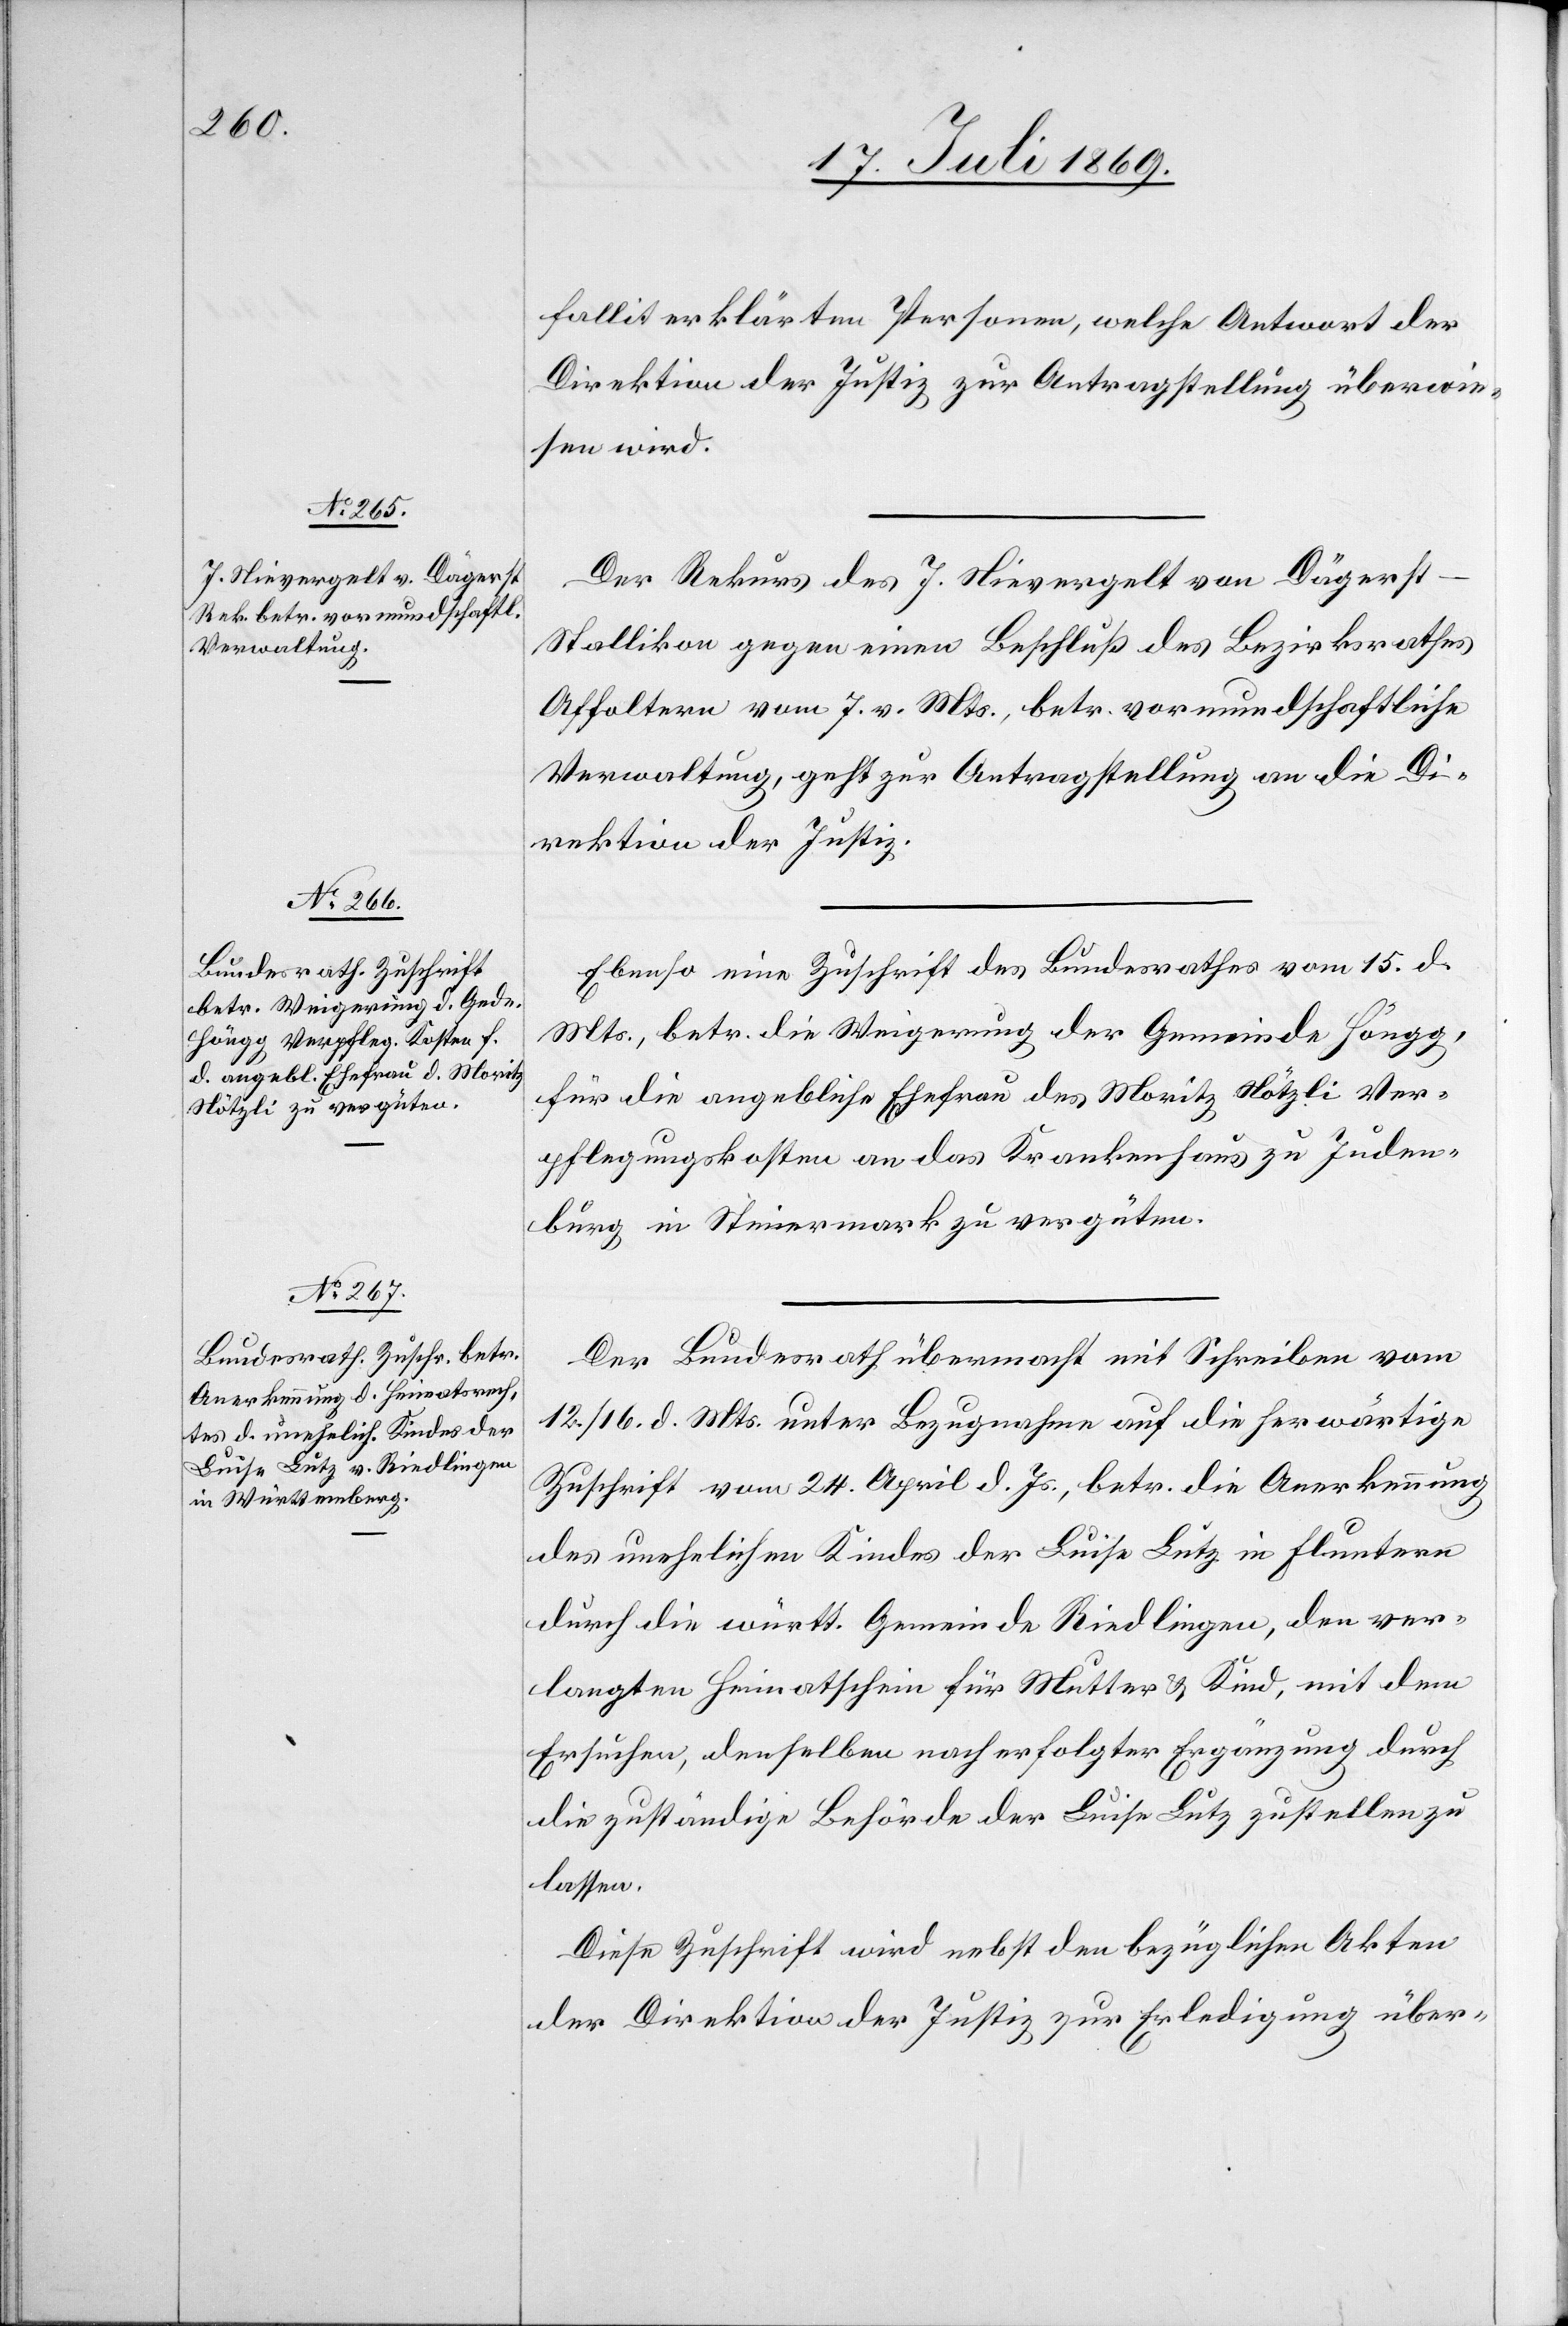
18. Juli 1869.]
fallit erklärten Personen, welche Antwort der
Direktion der Justiz zur Antragstellung überwie¬
sen wird.
Der Rekurs des J. Nievergelt von Dägerst
Stallikon gegen einen Beschluß des Bezirksrathes
Affoltern vom 7. v. Mts., betr. vormundschaftliche
Verwaltung, geht zur Antragstellung an die Di¬
rektion der Justiz.
Ebenso eine Zuschrift des Bundesrathes vom 15. d.
Mts., betr. die Weigerung der Gemeinde Höngg,
für die angebliche Ehefrau des Moritz Nötzli Ver¬
pflegungskosten an das Krankenhaus zu Juden¬
burg in Steiermark zu vergüten.
Der Bundesrath übermacht mit Schreiben vom
12./16. d. Mts. unter Bezugnahme auf die herwärtige
Zuschrift vom 24. April d. Js., betr. die Anerkennung
des unehelichen Kindes der Luise Lutz in Fluntern
durch die württ. Gemeinde Riedlingen, den ver¬
langten Heimatschein für Mutter u. Kind, mit dem
Ersuchen, denselben nach erfolgter Ergänzung durch
die zuständige Behörde der Luise Lutz zustellen zu
lassen.
Diese Zuschrift wird nebst den bezüglichen Akten
der Direktion der Justiz zur Erledigung über-